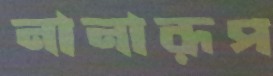
নানারূপ